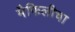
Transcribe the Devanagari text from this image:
मैफिलीचा